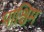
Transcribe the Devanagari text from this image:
पाश्चिम